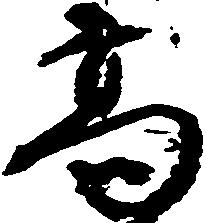
高